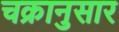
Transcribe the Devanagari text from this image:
चक्रानुसार